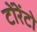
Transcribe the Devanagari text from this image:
टोंरेंटो